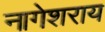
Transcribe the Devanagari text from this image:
नागेशराय